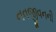
નવજીવનની